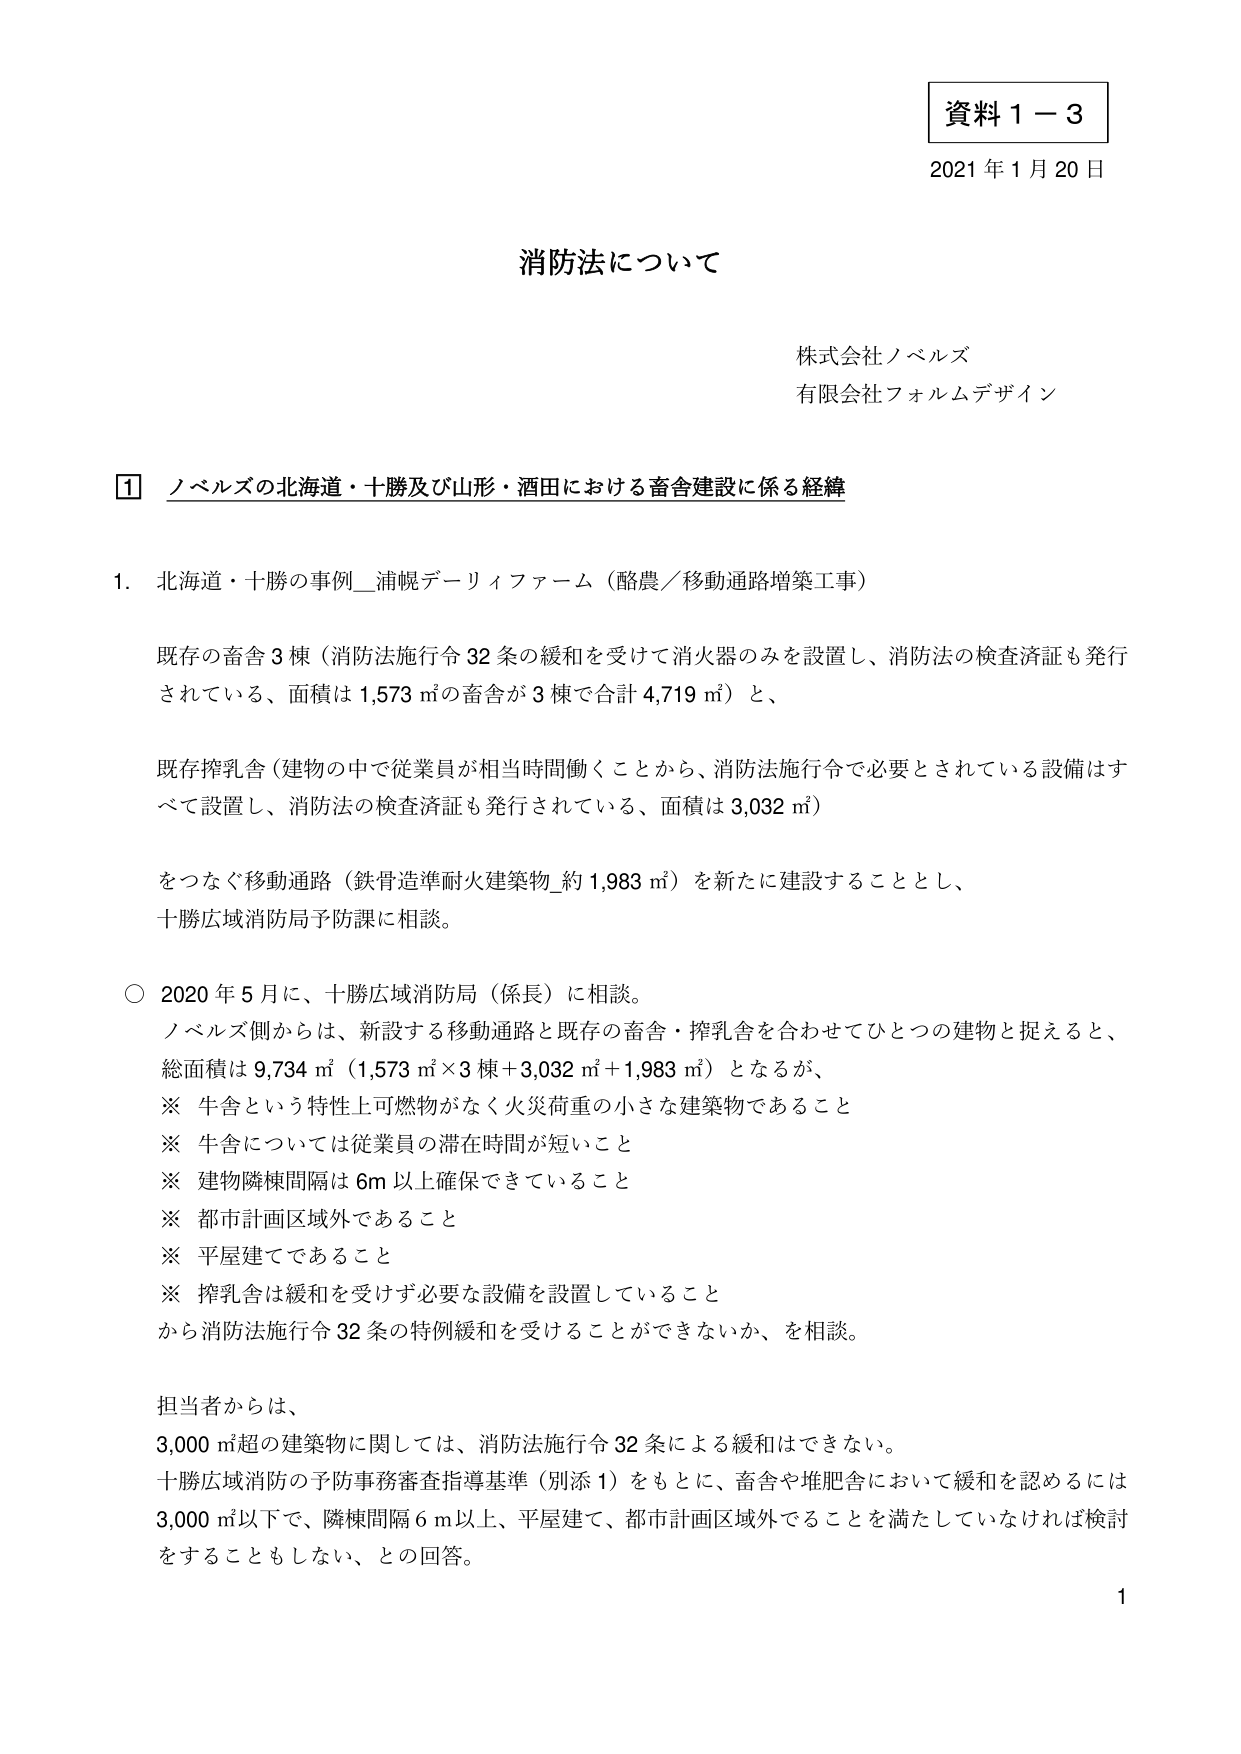
資料１－３
2021年1月20日

消防法について

株式会社ノベルズ
有限会社フォルムデザイン

① ノベルズの北海道・十勝及び山形・酒田における畜舎建設に係る経緯

1. 北海道・十勝の事例_浦幌デーリィファーム（酪農／移動通路増築工事）

既存の畜舎3棟（消防法施行令32条の緩和を受けて消火器のみを設置し、消防法の検査済証も発行されている、面積は1,573㎡の畜舎が3棟で合計4,719㎡）と、

既存搾乳舎（建物の中で従業員が相当時間働くことから、消防法施行令で必要とされている設備はすべて設置し、消防法の検査済証も発行されている、面積は3,032㎡）

をつなぐ移動通路（鉄骨造準耐火建築物_約1,983㎡）を新たに建設することとし、
十勝広域消防局予防課に相談。

○ 2020年5月に、十勝広域消防局（係長）に相談。
ノベルズ側からは、新設する移動通路と既存の畜舎・搾乳舎を合わせてひとつの建物と捉えると、
総面積は9,734㎡（1,573㎡×3棟＋3,032㎡＋1,983㎡）となるが、
※ 牛舎という特性上可燃物がなく火災荷重の小さな建築物であること
※ 牛舎については従業員の滞在時間が短いこと
※ 建物隣接間隔は6m以上確保できていること
※ 都市計画区域外であること
※ 平屋建てであること
※ 搾乳舎は緩和を受けず必要な設備を設置していること
から消防法施行令32条の特例緩和を受けることができるか、を相談。

担当者からは、
3,000㎡超の建築物に関しては、消防法施行令32条による緩和はできない。
十勝広域消防の予防事務審査指導基準（別添1）をもとに、畜舎や堆肥舎において緩和を認めるには
3,000㎡以下で、隣接間隔6m以上、平屋建て、都市計画区域外であることを満たしていなければ検討をすることもしない、との回答。

1